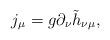
LaTeX: \begin{align*}j_\mu=g\partial_\nu\tilde h_{\nu\mu},\end{align*}